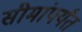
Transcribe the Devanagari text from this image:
सीमांपर्यंत